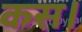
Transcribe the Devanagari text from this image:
कस।